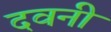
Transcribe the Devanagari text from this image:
दवनी